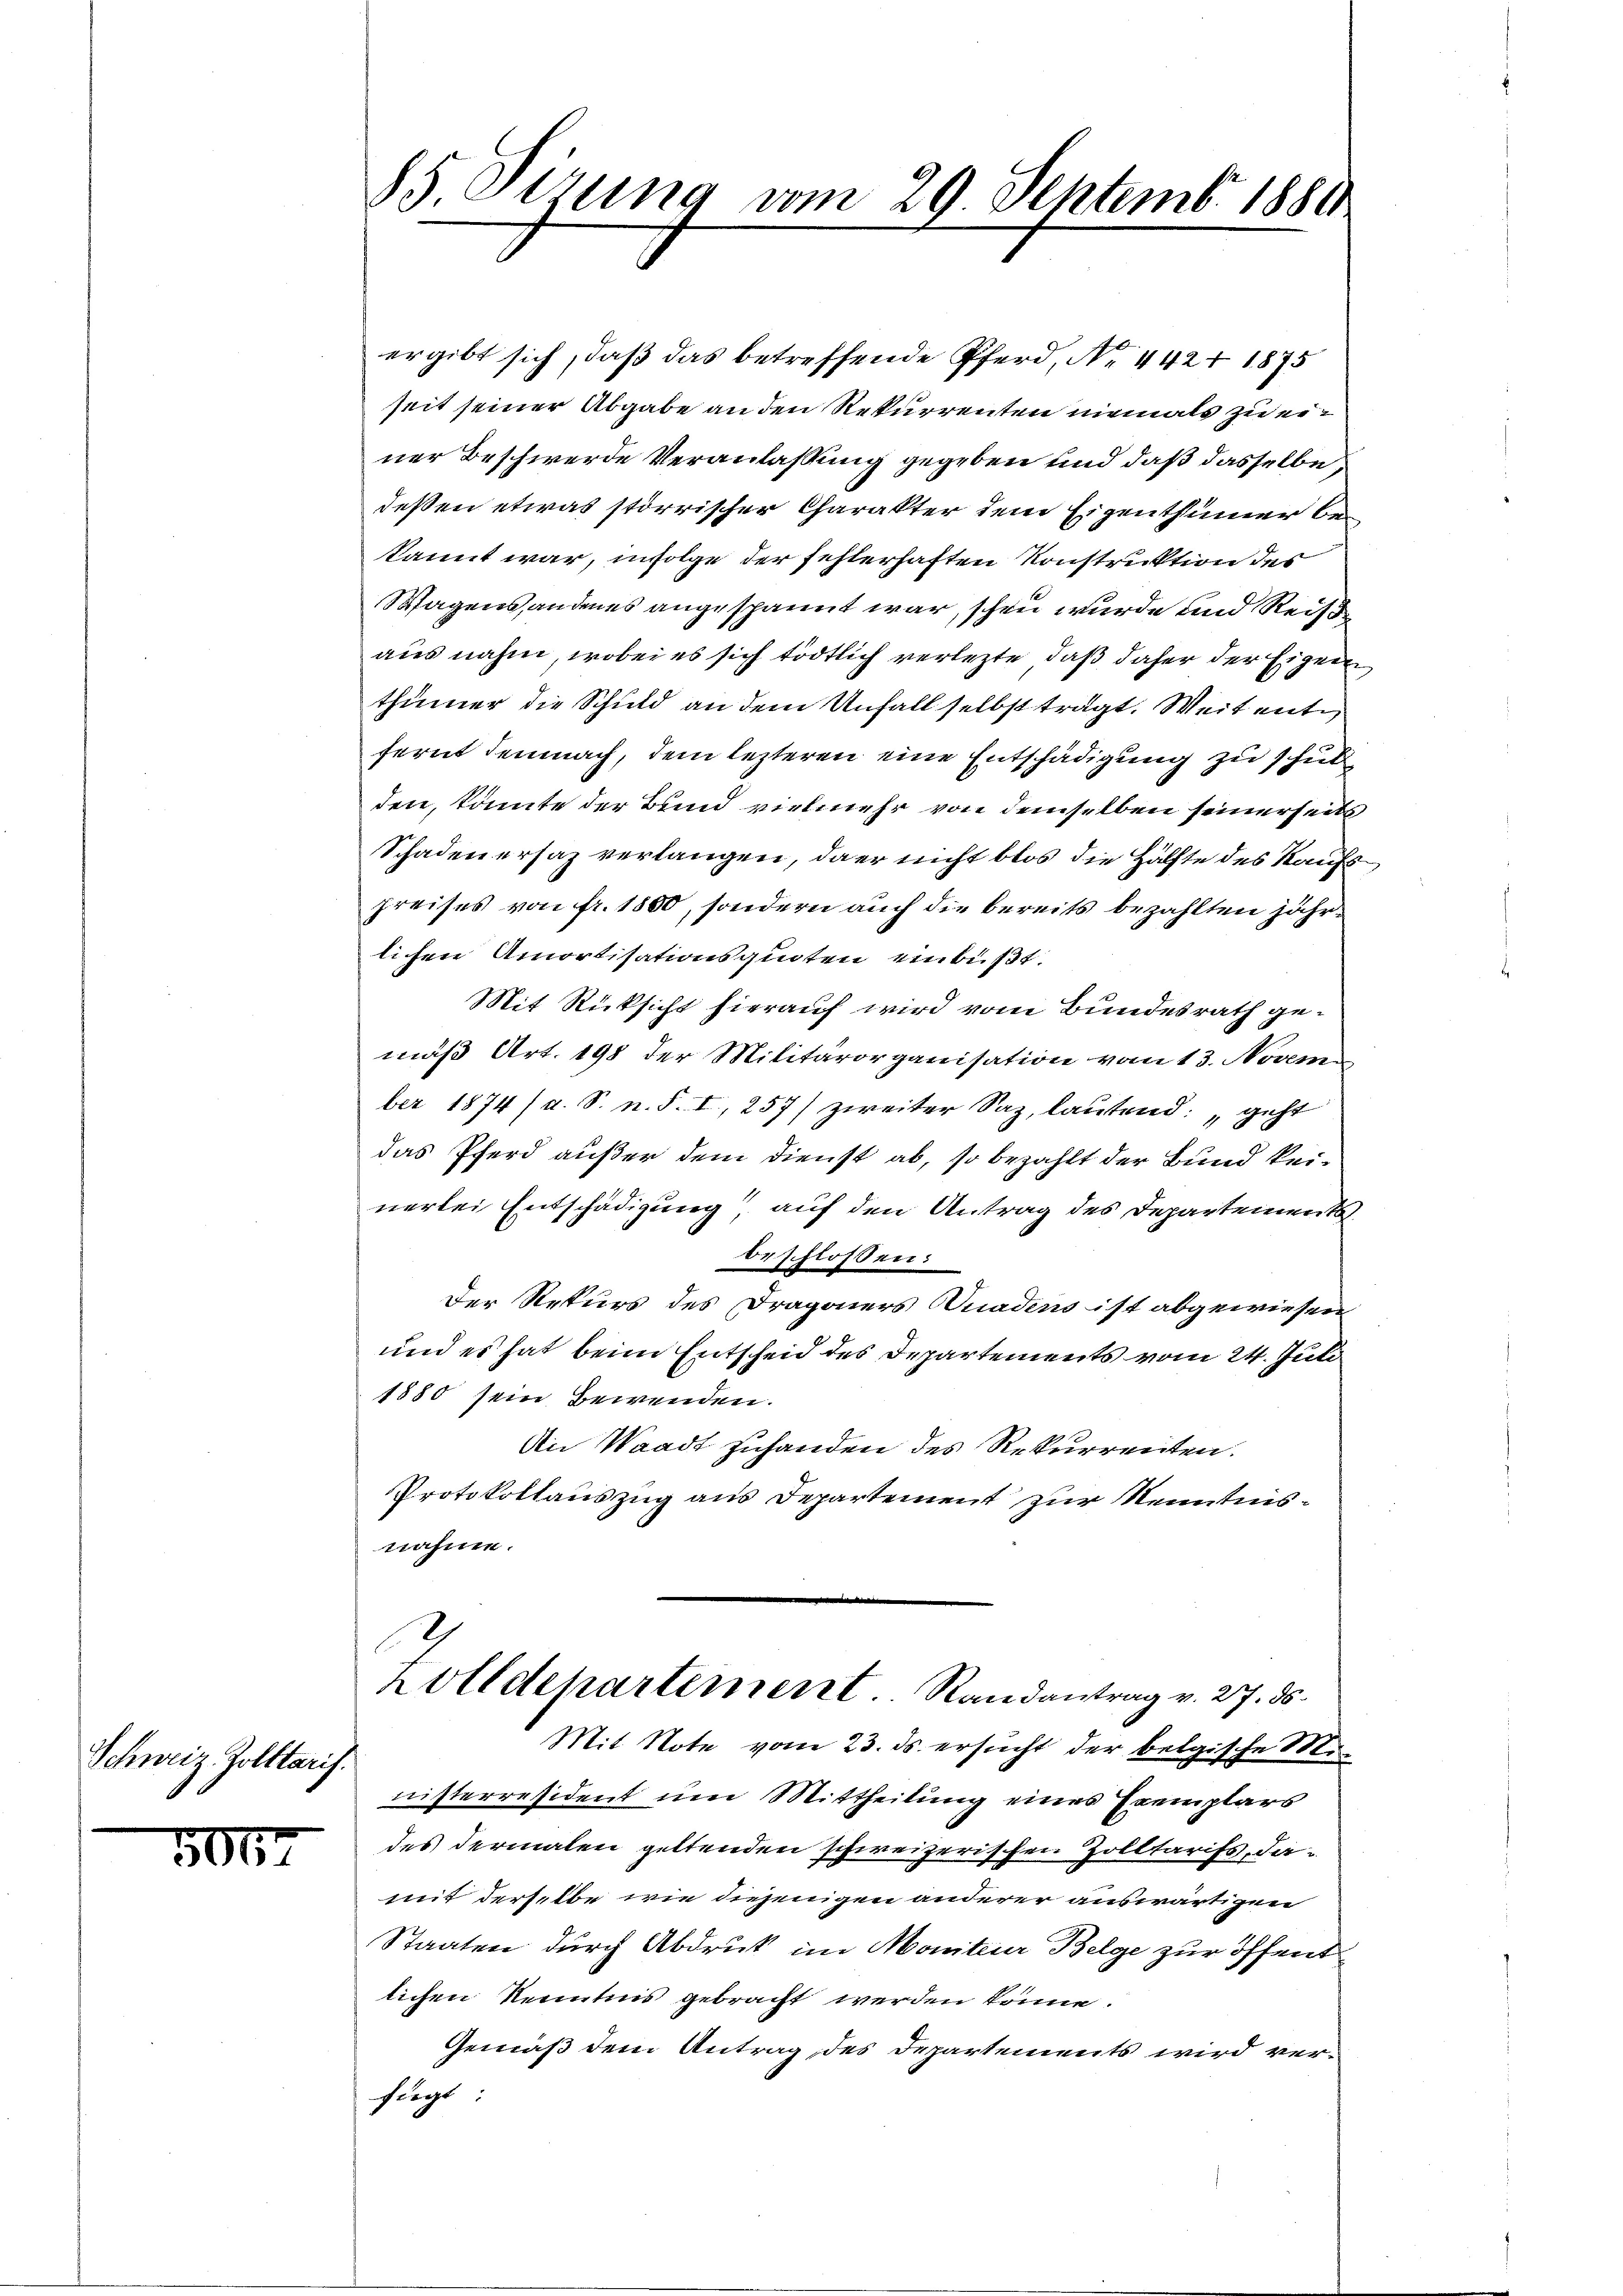
Schweiz. Zolltaris.

5057

85 Sirung vom 29. Septemb. 1880

ergibt sich, daß das betreffende Pferd, No. 442+ 1875
seit seiner Abgabe an den Rekurrenten niemals zu einer Beschwerde Veranlassung gegeben und daß dasselbe,
deßen etwas störrischer Charakter dem Eigenthümer bei
kannt war, infolge der fehlerhaften Konstruktion des
Wagens anderes angespannt war, schen wurde und Reist
aus nahm, wobei es sich tödtlich verletzte, daß daher der Eigen,
thümer die Schuld an dem Unfall selbst trägt. Weit entfernt demnach, dem lezteren eine Entschädigung zu schulden, könnte der Bund vielmehr von demselben seinerseits
Schadenersaz verlangen, da er nicht blos die Hälfte des Kaufspreises von fr. 1850, sondern auch die bereits bezahlten jährlichen Amortisationsquoten einbüßt.
Mit Rücksicht hierauf wird vom Bundesrath gemäß Art. 198 der Militärorganisation vom 13. Novem
ber 1874 / a. S. n. F. I, 257) zweiter Saz, lautend: „geht
das Pferd außer dem Dienst ab, so bezahlt der Bund keinerlei Entschädigung, auf den Antrag des Departement
beschlossen:
Der Rekurs des Dragoners Gnadens ist abgewiesen
und es hat beim Entscheid des Departements vom 24. Juli
1880 sein Bewenden.
An Waadt zuhanden des Rekurrenten.
Protokollauszug aus Departement zur Kenntnisnähme.
zolldepartement. Randantrag v. 27. ds.
Mit Note vom 23. ds. ersucht der belgische Mi
nisterresident um Mittheilung eines Exemplars
des dermalen geltenden schweizerischen Zolltarifs, da
mit derselbe wie diejenigen anderer auswärtigen
Staaten durch Abdruk im Moniteur Belge zur öffent
lichen Kenntnis gebracht werden könne.
Gemäß dem Antrag des Departements wird verfiegt: